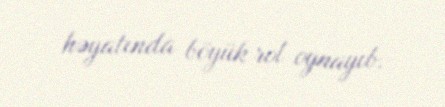
həyatında böyük rol oynayıb.